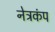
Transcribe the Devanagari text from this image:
नेत्रकंप